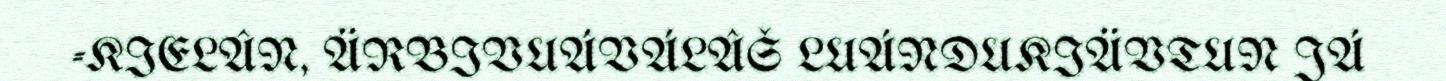
-KIELÂN, ÄRBIVUÁVÁLÂŠ LUÁNDUKIÄVTUN JÁ